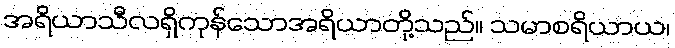
အရိယာသီလရှိကုန်သောအရိယာတို့သည်။ သမာစရိယာယ၊